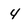
Character: 4